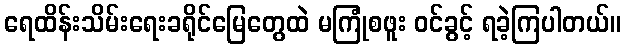
ရေထိန်းသိမ်းရေးခရိုင်မြေတွေထဲ မကြုံစဖူး ဝင်ခွင့် ရခဲ့ကြပါတယ်။